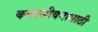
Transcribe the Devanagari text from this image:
कलाजीवनासाठी